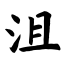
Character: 沮